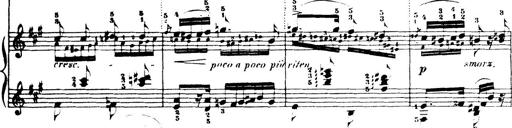
Title: Wagner-Liszt Album
Composer: Franz Liszt